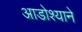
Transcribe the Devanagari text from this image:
आडोश्याने